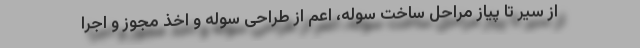
از سیر تا پیاز مراحل ساخت سوله، اعم از طراحی سوله و اخذ مجوز و اجرا